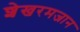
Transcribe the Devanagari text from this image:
शेखरमजान